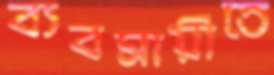
ব্যবসায়ীতে